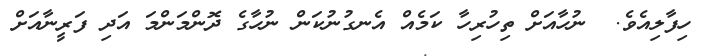
ހިފާލިއެވެ.  ނުހާއަށް ތިހުރިހާ ކަމެއް އެނގުނުކަން ނުހާގެ ދޮންމަންމަ އަދި ފަރީނާއަށް